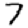
Digit: 7